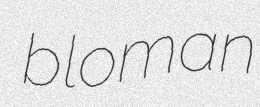
bloman